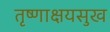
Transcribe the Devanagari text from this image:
तृष्णाक्षयसुख